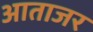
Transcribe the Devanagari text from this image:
आताजर